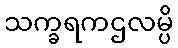
သက္ခရကဌလမ္ပိ